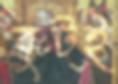
বুটই